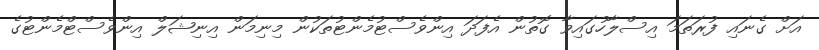
އަށް ގެނައި ފުރަތަމަ އިސްލާހުގައިވާ ގޮތުން އެފަދަ އިންވެސްޓުމެންޓުތަކުން މިނިމަން އިނިޝަލް އިންވެސްޓްމެންޓުގެ